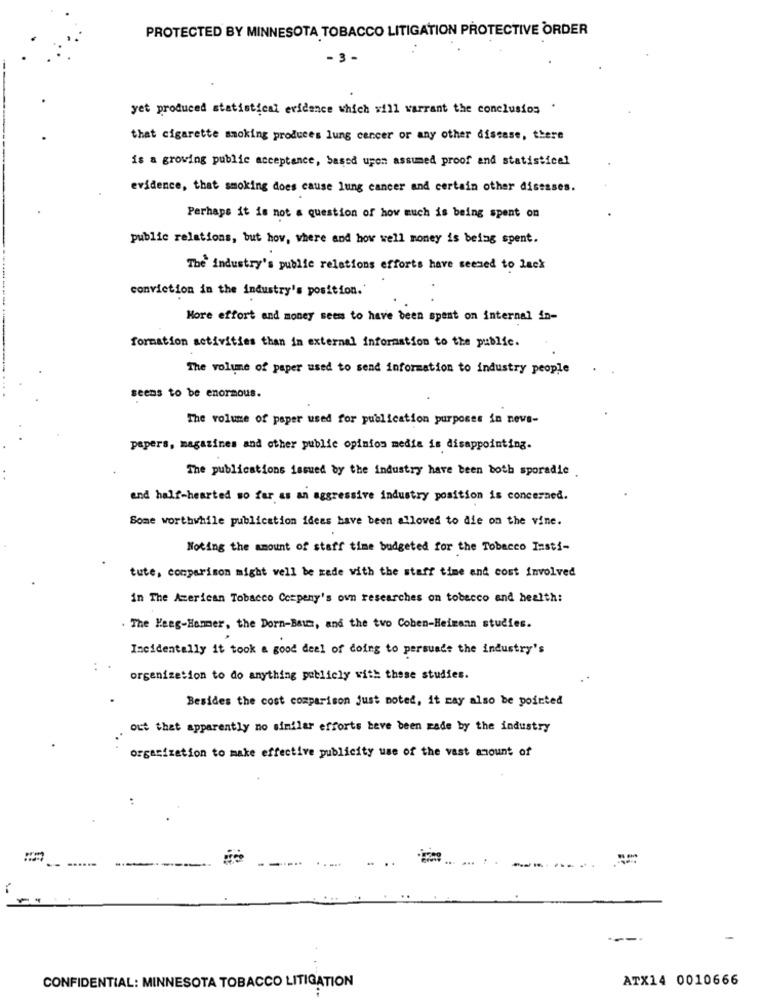
PROTECTED BY MINNESOTA TOBACCO LITIGATION PROTECTIVE ORDER
- 3 -
yet produced statistical evidence which will warrant the conclusios .
that cigarette smoking produces lung cancer or any other disease, there
is a growing public acceptance, based upon assumed proof and statistical
evidence, that smoking does cause lung cancer and certain other diseases.
Perhaps it is not a question of how much is being spent on
public relations, but how, where and how well money is being spent.
The industry's public relations efforts have seemed to lack
conviction in the industry's position.'
More effort and money seems to have been spent on internal in-
formation activities than in external information to the public.
The volume of paper used to send information to industry people
seems to be enormous.
The volume of paper used for publication purposes in nevs-
papers, magazines and other public opinion media is disappointing.
The publications issued by the industry have been both sporadic
and half-hearted so far as an aggressive industry position is concerned.
Some worthwhile publication ideas have been allowed to die on the vine.
Noting the amount of staff time budgeted for the Tobacco Insti-
tute, comparison might vell be made with the staff time and cost involved
in The American Tobacco Corpeny's own researches on tobecco and health:
. The Haag-Hammer, the Dorn-Baum, and the two Coben-Heimann studies.
Incidentally it took a good deal of doing to persuade the industry's
organization to do anything publicly with these studies.
Besides the cost comparison just noted, it may also be pointed
out that apparently no similar efforts teve been made by the industry
organization to make effective publicity use of the vast amount of
----
ATX14 0010666
CONFIDENTIAL: MINNESOTA TOBACCO LITIGATION